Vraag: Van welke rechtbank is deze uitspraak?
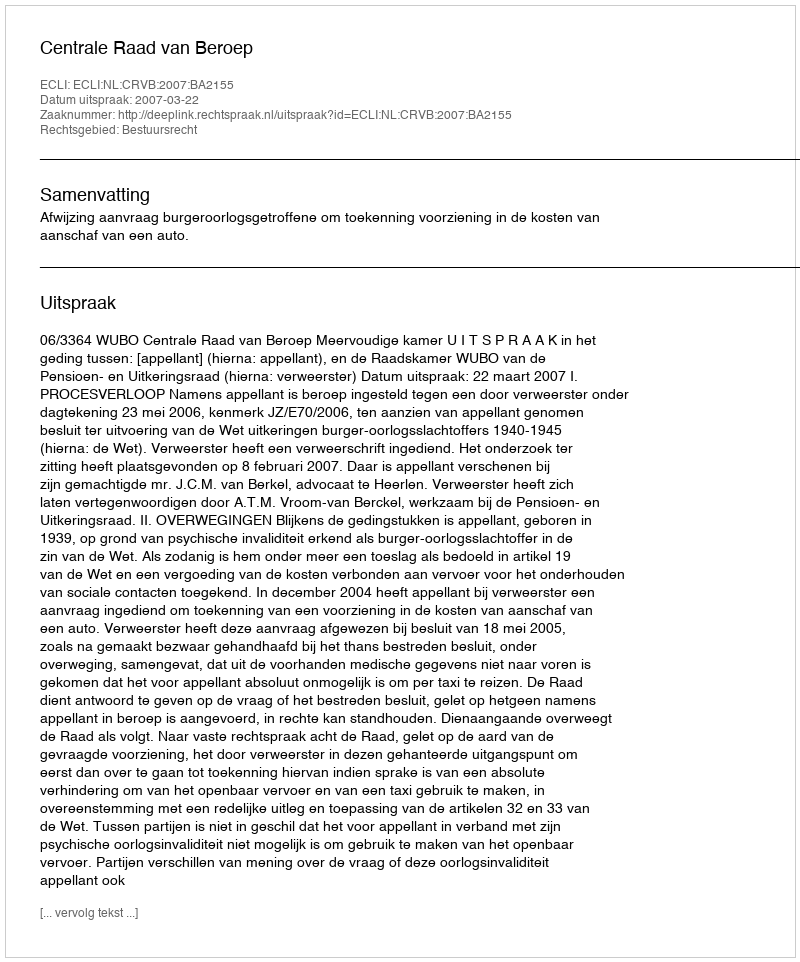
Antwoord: Centrale Raad van Beroep